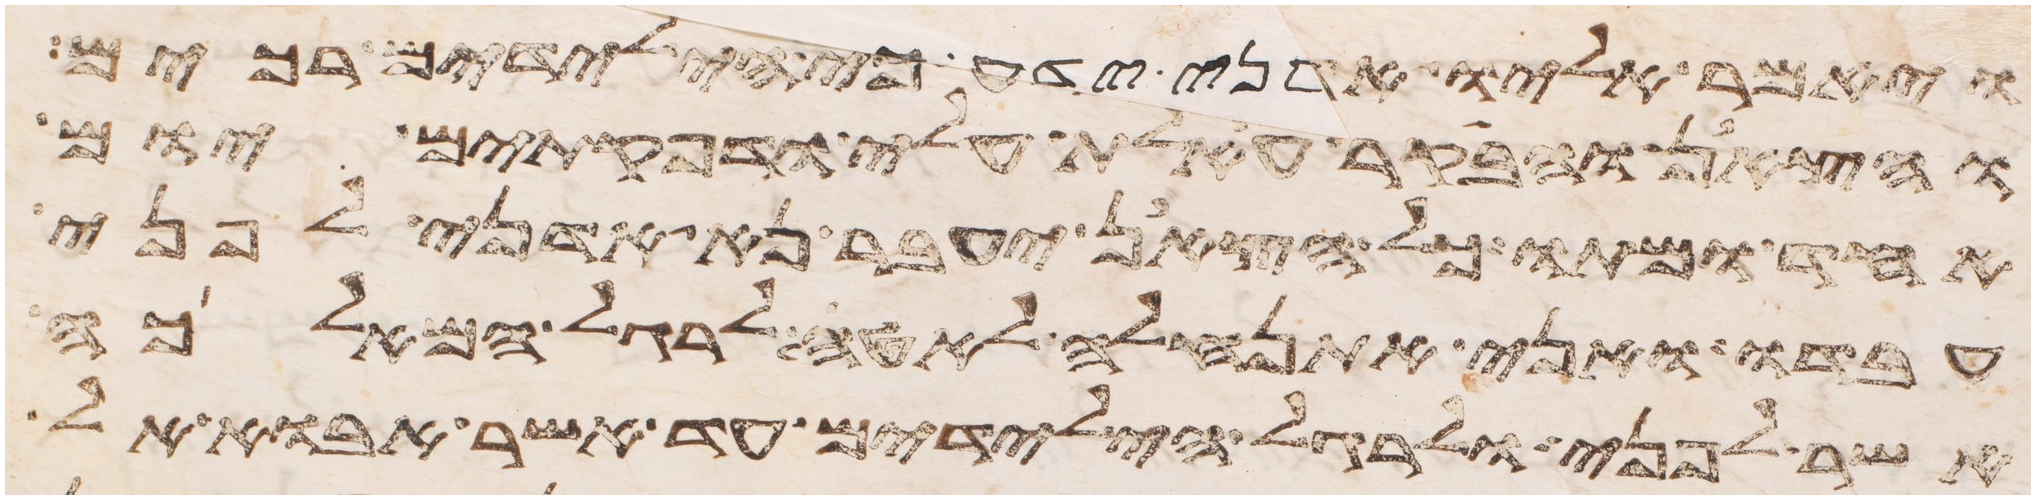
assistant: ויאמר אליו אדני ידע כי הילדים רכים
והצאן והבקר אעלת עלי ודפקתים יום
אחד ומתו כל הצאן יעבר נא אדני לפני
עבדו ואני אתנהלה לאטי לרגל המלאכה
אשר לפני ולרגל הילדים עד אשר אבוא אל